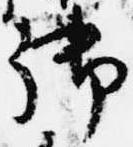
御